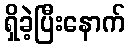
ရှိခဲ့ပြီးနောက်